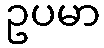
ဥပမာ